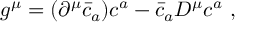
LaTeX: g ^ { \mu } = ( \partial ^ { \mu } \bar { c } _ { a } ) c ^ { a } - \bar { c } _ { a } D ^ { \mu } c ^ { a } ~ ,